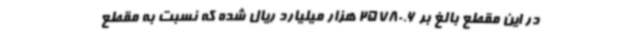
در این مقطع بالغ بر 25780.6 هزار میلیارد ریال شده که نسبت به مقطع